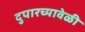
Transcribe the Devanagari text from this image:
दुपारच्यावेळी